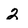
Character: 2